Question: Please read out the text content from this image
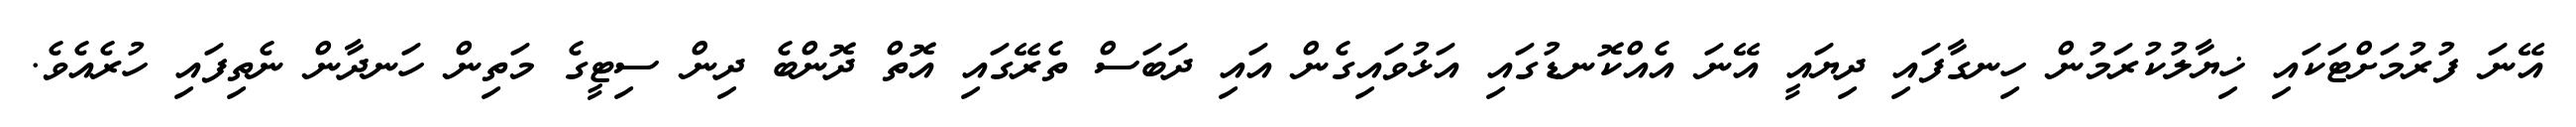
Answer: އޭނަ ފުރުމަށްޓަކައި ޚިޔާލުކުރަމުން ހިނގާފައި ދިޔައީ އޭނަ އެއްކޮނޑުގައި އަޅުވައިގެން އައި ދަބަސް ތެރޭގައި އޮތް ދޮންބެ ދިން ސިޓީގެ މަތިން ހަނދާން ނެތިފައި ހުރެއެވެ.